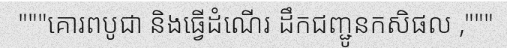
"""គោរពបូជា និងធ្វើដំណើរ ដឹកជញ្ជូនកសិផល ,"""